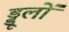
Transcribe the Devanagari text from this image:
ड्डूलों